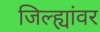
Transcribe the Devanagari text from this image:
जिल्ह्यांवर